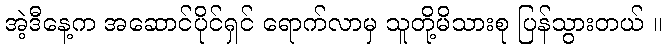
အဲ့ဒီနေ့က အဆောင်ပိုင်ရှင် ရောက်လာမှ သူတို့မိသားစု ပြန်သွားတယ် ။